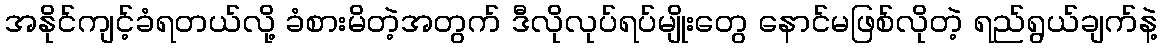
အနိုင်ကျင့်ခံရတယ်လို့ ခံစားမိတဲ့အတွက် ဒီလိုလုပ်ရပ်မျိုးတွေ နောင်မဖြစ်လိုတဲ့ ရည်ရွယ်ချက်နဲ့